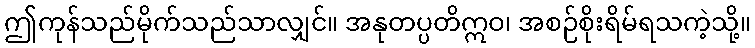
ဤကုန်သည်မိုက်သည်သာလျှင်။ အနုတပ္ပတိဣဝ၊ အစဉ်စိုးရိမ်ရသကဲ့သို့။